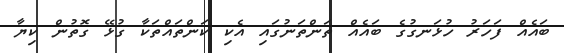
ބައެއް ފަހަރު ހުޅަނގުގެ ބައެއް ތަންތަނުގައި އެކި ކަންތައްތަކާ ގުޅޭ ގޮތުން ކިޔާ